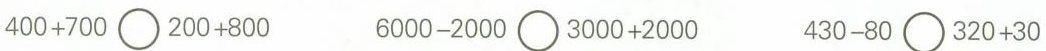
400+700\bigcirc200+800 6000-2000\bigcirc3000+2000 430-80\bigcirc320+30